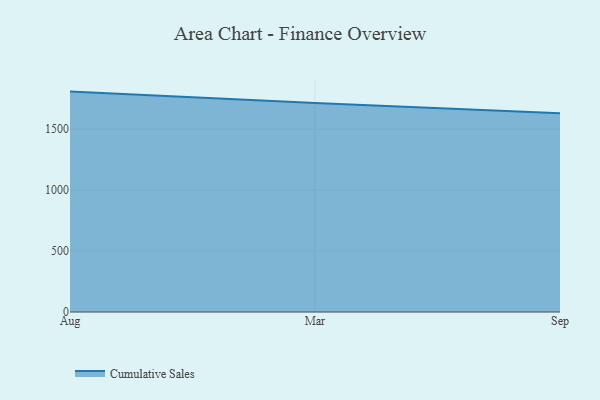
{"axis": {"x": "Month", "y": "Headcount"}, "legend": ["Cumulative Sales"], "data": [{"x": "Aug", "y": 1809.1, "type": "Cumulative Sales"}, {"x": "Mar", "y": 1714.9, "type": "Cumulative Sales"}, {"x": "Sep", "y": 1631.6, "type": "Cumulative Sales"}]}